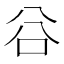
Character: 𠔌